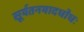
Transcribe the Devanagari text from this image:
सूर्यतनयादधोधः